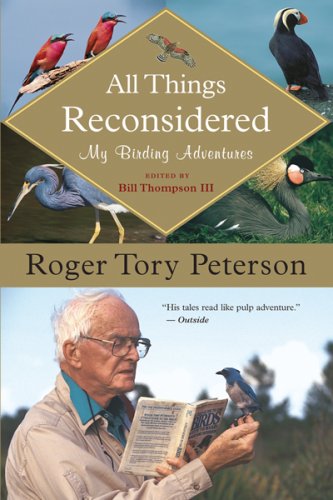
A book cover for All Things Reconsidered: My Birding Adventures; Roger Tory Peterson; Travel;